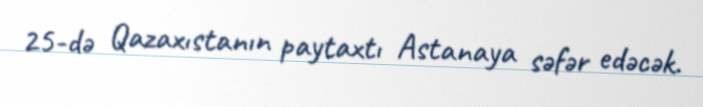
25-də Qazaxıstanın paytaxtı Astanaya səfər edəcək.